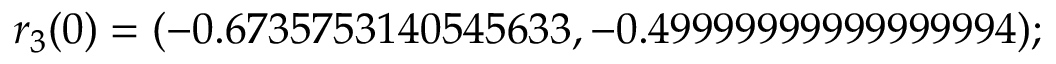
\boldsymbol { r } _ { 3 } ( 0 ) = ( - 0 . 6 7 3 5 7 5 3 1 4 0 5 4 5 6 3 3 , - 0 . 4 9 9 9 9 9 9 9 9 9 9 9 9 9 9 9 4 ) ;